Vaccination in the Punjab 1905-1918 - 1905-1918
Year: 1905
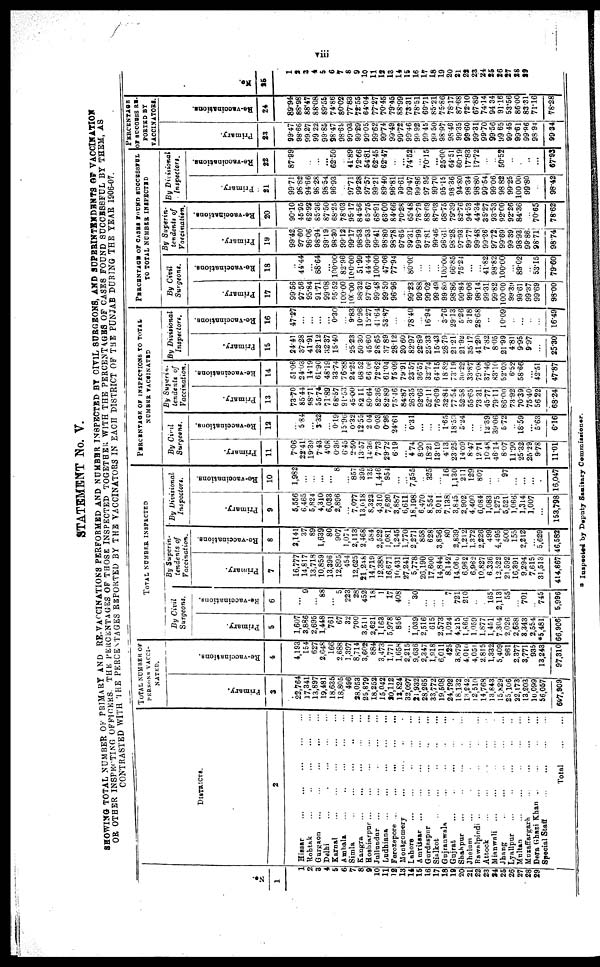
viii
STATEMENT No. V.
SHOWING TOTAL NUMBER OF PRIMARY AND RE-VACCINATIONS PERFORMED AND NUMBER INSPECTED BY CIVIL SURGEONS, AND SUPERINTENDENTS OF VACCINATION
OR
OTHER INSPECTING OFFICERS. THE PERCENTAGES OF THOSE INSPECTED TOGETHER WITH THE PERCENTAGES OF CASES FOUND SUCCESSFUL BY THEM, AS
OR OTHER CONTRASTED WITH THE PERCENTAGES REPORTED BY THE VACCINATORS IN EACH DISTRICT OF THE PUNJAB DURING THE YEAR 1906-07.
No
1
1
2
3
4
5
6
7
8
9
10
11
12
13
14
15
16
17
18
19
20
21
22
23
24
25
26
27
28
29
DISTRICTS.
2
Hissar
...
...
...
...
...
Rohtak
...
...
...
...
...
Gurgaon
...
...
...
...
...
Delhi
...
...
...
...
...
Karnal
...
...
...
...
...
Ambala
...
...
...
...
...
Simla
...
...
...
...
...
Kangra ... ... ... ... ...
Hoshiarpur ... ... ... ... ...
Jullundur ... ... ... ... ...
Ludhiana ... ... ... ... ...
Ferozepore
...
...
...
...
...
Montgomery ... ... ... ...
Lahors ... ... ... ... ...
Amritsar
...
...
...
...
...
Gurdaspur ... ... ... ... ...
Sialkot
...
...
...
...
...
Gujranwala ... ... ... ...
Gujrat ... ... ... ... ...
Shahpur ... ... ... ... ...
Jhelum ... ... ... ... ...
Rawalpindi ... ... ... ...
Attock ... ... ... ... ...
Mianwali ... ... ... ... ...
Jhang ... ... ... ... ...
Lyallpur ... ... ... ... ...
Multan ... ... ... ... ...
Muzaffargarh
...
...
...
...
Dera Ghazi Khan ... ... ...
Special Staff
...
...
...
...
Total
...
...
TOTAL NUMBER OF
PERSONS VACCI-
NATED.
Primary.
3
22,764
17,341
13,897
19,481
18,635
18,805
496
28,053
25,879
18,252
15,042
20,112
13,824
32,097
21,932
28,265
33,772
19,508
24,792
18,132
13,242
12,510
14,768
13,843
15,829
25,106
22,173
13,203
10,099
56,067
607,909
Re-vaccinations.
4
4,193
154
627
2,648
166
2,688
1,397
8,714
3,602
884
3,473
1,771
1,658
2,215
9,636
2,347
1,918
6,011
425
3,879
4,010
4,051
2,815
1,332
5,409
961
2,377
3,771
935
13,243
97,310
TOTAL NUMBER INSPEDTED
By Civil
Surgeons.
Primary.
5
1,607
3,886
2,695
1,448
761
67
32
700
3,511
2,621
1,163
5,978
856
...
1,039
2,516
615
2,573
1,024
4,215
1,866
1,059
1,877
1,451
7,304
2,026
2,638
3,343
2,554
*5,481
66,906
Re-vaccinations.
6
...
9
...
88
...
5
223
28
452
18
1
17
408
...
30
...
...
...
7
721
210
...
...
165
2,113
55
...
701
...
745
5,996
By Superin-
tendents of
Vaccination.
Primary.
7
16,777
14,817
13,718
10,859
13,396
12,895
454
12,625
21,248
14,719
12,388
16,671
10,431
27,241
5,778
26,190
17,600
14,844
8,142
14,060
6,962
6,962
10,827
6,336
12,522
21,592
16,391
9,294
7,615
31,513
414,867
Re-vaccinations.
8
2,141
37
89
1,639
80
907
1,074
2,113
2,468
584
2,522
1,081
1,245
1,770
2,271
858
628
3,856
80
2,839
1,212
1,372
2,226
499
4,495
500
155
2,212
...
5,629
46,582
By Divisional
Inspectors.
Primary.
9
5,556
6,465
5,824
4,310
6,033
2,896
...
7,077
13,018
8,323
4,310
7,620
3,887
6,611
18,198
6,470
8,554
3,011
7,138
3,845
2,902
4,400
6,084
1,083
1,275
5,521
1,066
1,314
1,007
...
153,798
Re-vaccinations.
10
1,982
...
...
...
...
8
...
857
395
135
1,446
954
...
...
7,555
...
325
...
16
1,130
211
129
807
...
...
97
...
...
...
.
16,047
PERCENTAGE OF INSPECTIONS TO TOTAL
NUMBER VACCINATED
By Civil
Surgeons.
Primary.
11
7.06
22.41
19.39
7.43
4.08
0.36
6.45
2.50
13.57
14.36
7.73
29.72
6.19
...
4.74
8.90
18.21
13.19
4.13
23.25
14.09
8.47
12.71
10.48
46.14
8.07
11.00
25.32
25.29
9.78
11.01
Re-vaccinations.
12
..
5.84
...
3.32
...
0.19
15.96
0.32
12.55
2.04
0.03
0.96
24.61
...
0.31
...
...
...
1.65
18.59
5.24
...
...
12.39
39.06
5.72
..
18.59
...
5.63
6.16
By Superin-
tendentt of
Vaccination.
Primary.
13
73.70
85.44
98.71
55.74
71.89
68.57
91.53
45.00
82.11
80.64
82.36
82.89
75.46
84.87
26.35
92.66
52.11
76.09
32.84
77.54
52.58
55.65
73.31
45.77
79.11
86.00
73.92
70.39
75.40
56.22
68.24
Re-vaccinations.
14
51.06
24.03
14.19
61.90
48.19
33.74
76.88
24.25
68.52
66.06
72.62
61.04
75.09
79.91
23.57
36.57
32.74
64.15
18.82
73.19
30.22
33.87
79.08
37.46
83.10
52.03
6.52
58.66
...
42.51
47.87
By Divisional
Inspectors.
Primary.
15
24.41
37.28
41.91
22.12
32.37
15.40
...
25.23
50.30
45.60
28.65
37.89
28.12
20.60
82.97
22.89
25.33
15.43
28.79
21.21
21.92
35.17
41.20
7.82
8.05
21.99
4.81
9.95
9.97
...
25.30
Re-vaccinations.
16
47.27
...
...
...
...
0.30
...
9.83
10.96
15.27
41.64
53.87
...
...
78.40
...
16.94
.
3.76
29.13
5.26
3.18
28.68
...
...
10.09
...
...
. ...
16.49
PERCENTAGE OF CASES FOUND SUCCESSFUL
TO TOTAL NUMBER INSPECTED
By Civil
Surgeons.
Primary.
17
99.56
97.56
95.84
91.71
99.08
95.52
100.00
100.00
98.32
97.67
99.48
99.50
96.96
...
99.23
99.88
99.02
99.49
99.80
98.86
99.84
99.06
98.14
99.31
99.82
100.00
99.39
99.61
99.37
99.69
98.00
Re-vaccinations.
18
..
44.44
...
88.64
...
100.00
82.96
100.00
51.99
44.44
100.00
47.06
77.94
...
80.00
...
...
...
100.00
66.85
75.24
...
...
41.82
98.82
100.00
...
89.02
...
53.15
79.60
By Superin-
tendents of
Vaccination.
Primary.
19
99.42
97.60
96.06
98.94
99.19
98.30
99.12
99.17
98.53
99.53
99.41
98.80
98.78
97.65
99.31
99.99
97.81
99.46
96.61
98.28
97.93
89.77
99.48
99.26
97.72
99.69
99.39
98.93
99.86
98.71
98.74
Re-vaccinations.
20
90.10
45.95
62.92
85.36
87.50
68.25
78.03
95.17
84.56
65.75
68.91
63.00
84.66
70.28
65.48
78.79
88.69
87.03
68.75
79.39
82.76
94.53
44.34
35.27
93.53
92.00
92.26
84.36
...
70.65
78.62
By Divisional
Inspectors.
Primary.
21
99.71
98.82
94.66
98.28
98.54
96.93
97.71
99.28
97.57
99.21
89.40
96.81
99.61
99.47
99.86
97.95
99.70
95.15
98.36
94.80
98.34
98.80
99.54
99.06
98.82
99.25
100.00
99.80
...
98.42
Re-vaccinations.
22
87.99
..
...
62.50
41.89
72.66
54.81
62.45
62.47
..
...
74.52
...
70.15
...
25.00
64.51
60.19
17.83
17.72
...
...
50.52
...
...
...
...
67.93
PERCENTAGE
OF SUCCESS RE-
PORTED BY
VACCINATORS.
Primary.
23
99.47
98.66
99.27
99.22
99.85
98.47
98.69
99.03
99.29
99.05
99.62
99.74
99.49
99.72
99.46
99.92
99.45
99.50
98.97
98.46
99.35
99.60
99.31
99.70
99.56
99.65
99.45
99.61
99.96
98.94
99.34
Re-vaccinations.
24
89.94
88.98
88.47
88.08
89.55
74.86
80.02
77.83
72.55
64.04
77.27
70.45
79.45
88.99
73.31
78.51
69.71
85.21
75.86
78.17
87.68
72.10
67.89
74.14
94.34
91.16
53.56
86.00
83.31
71.16
78.28
No.
25
1
2
3
4
5
6
7
8
9
10
11
12
13
14
15
16
17
18
19
20
21
22
23
24
25
26
27
28
29
* Inspected by Deputy Sanitary Commissioner.